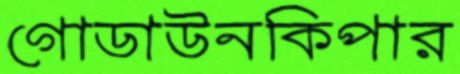
গোডাউনকিপার